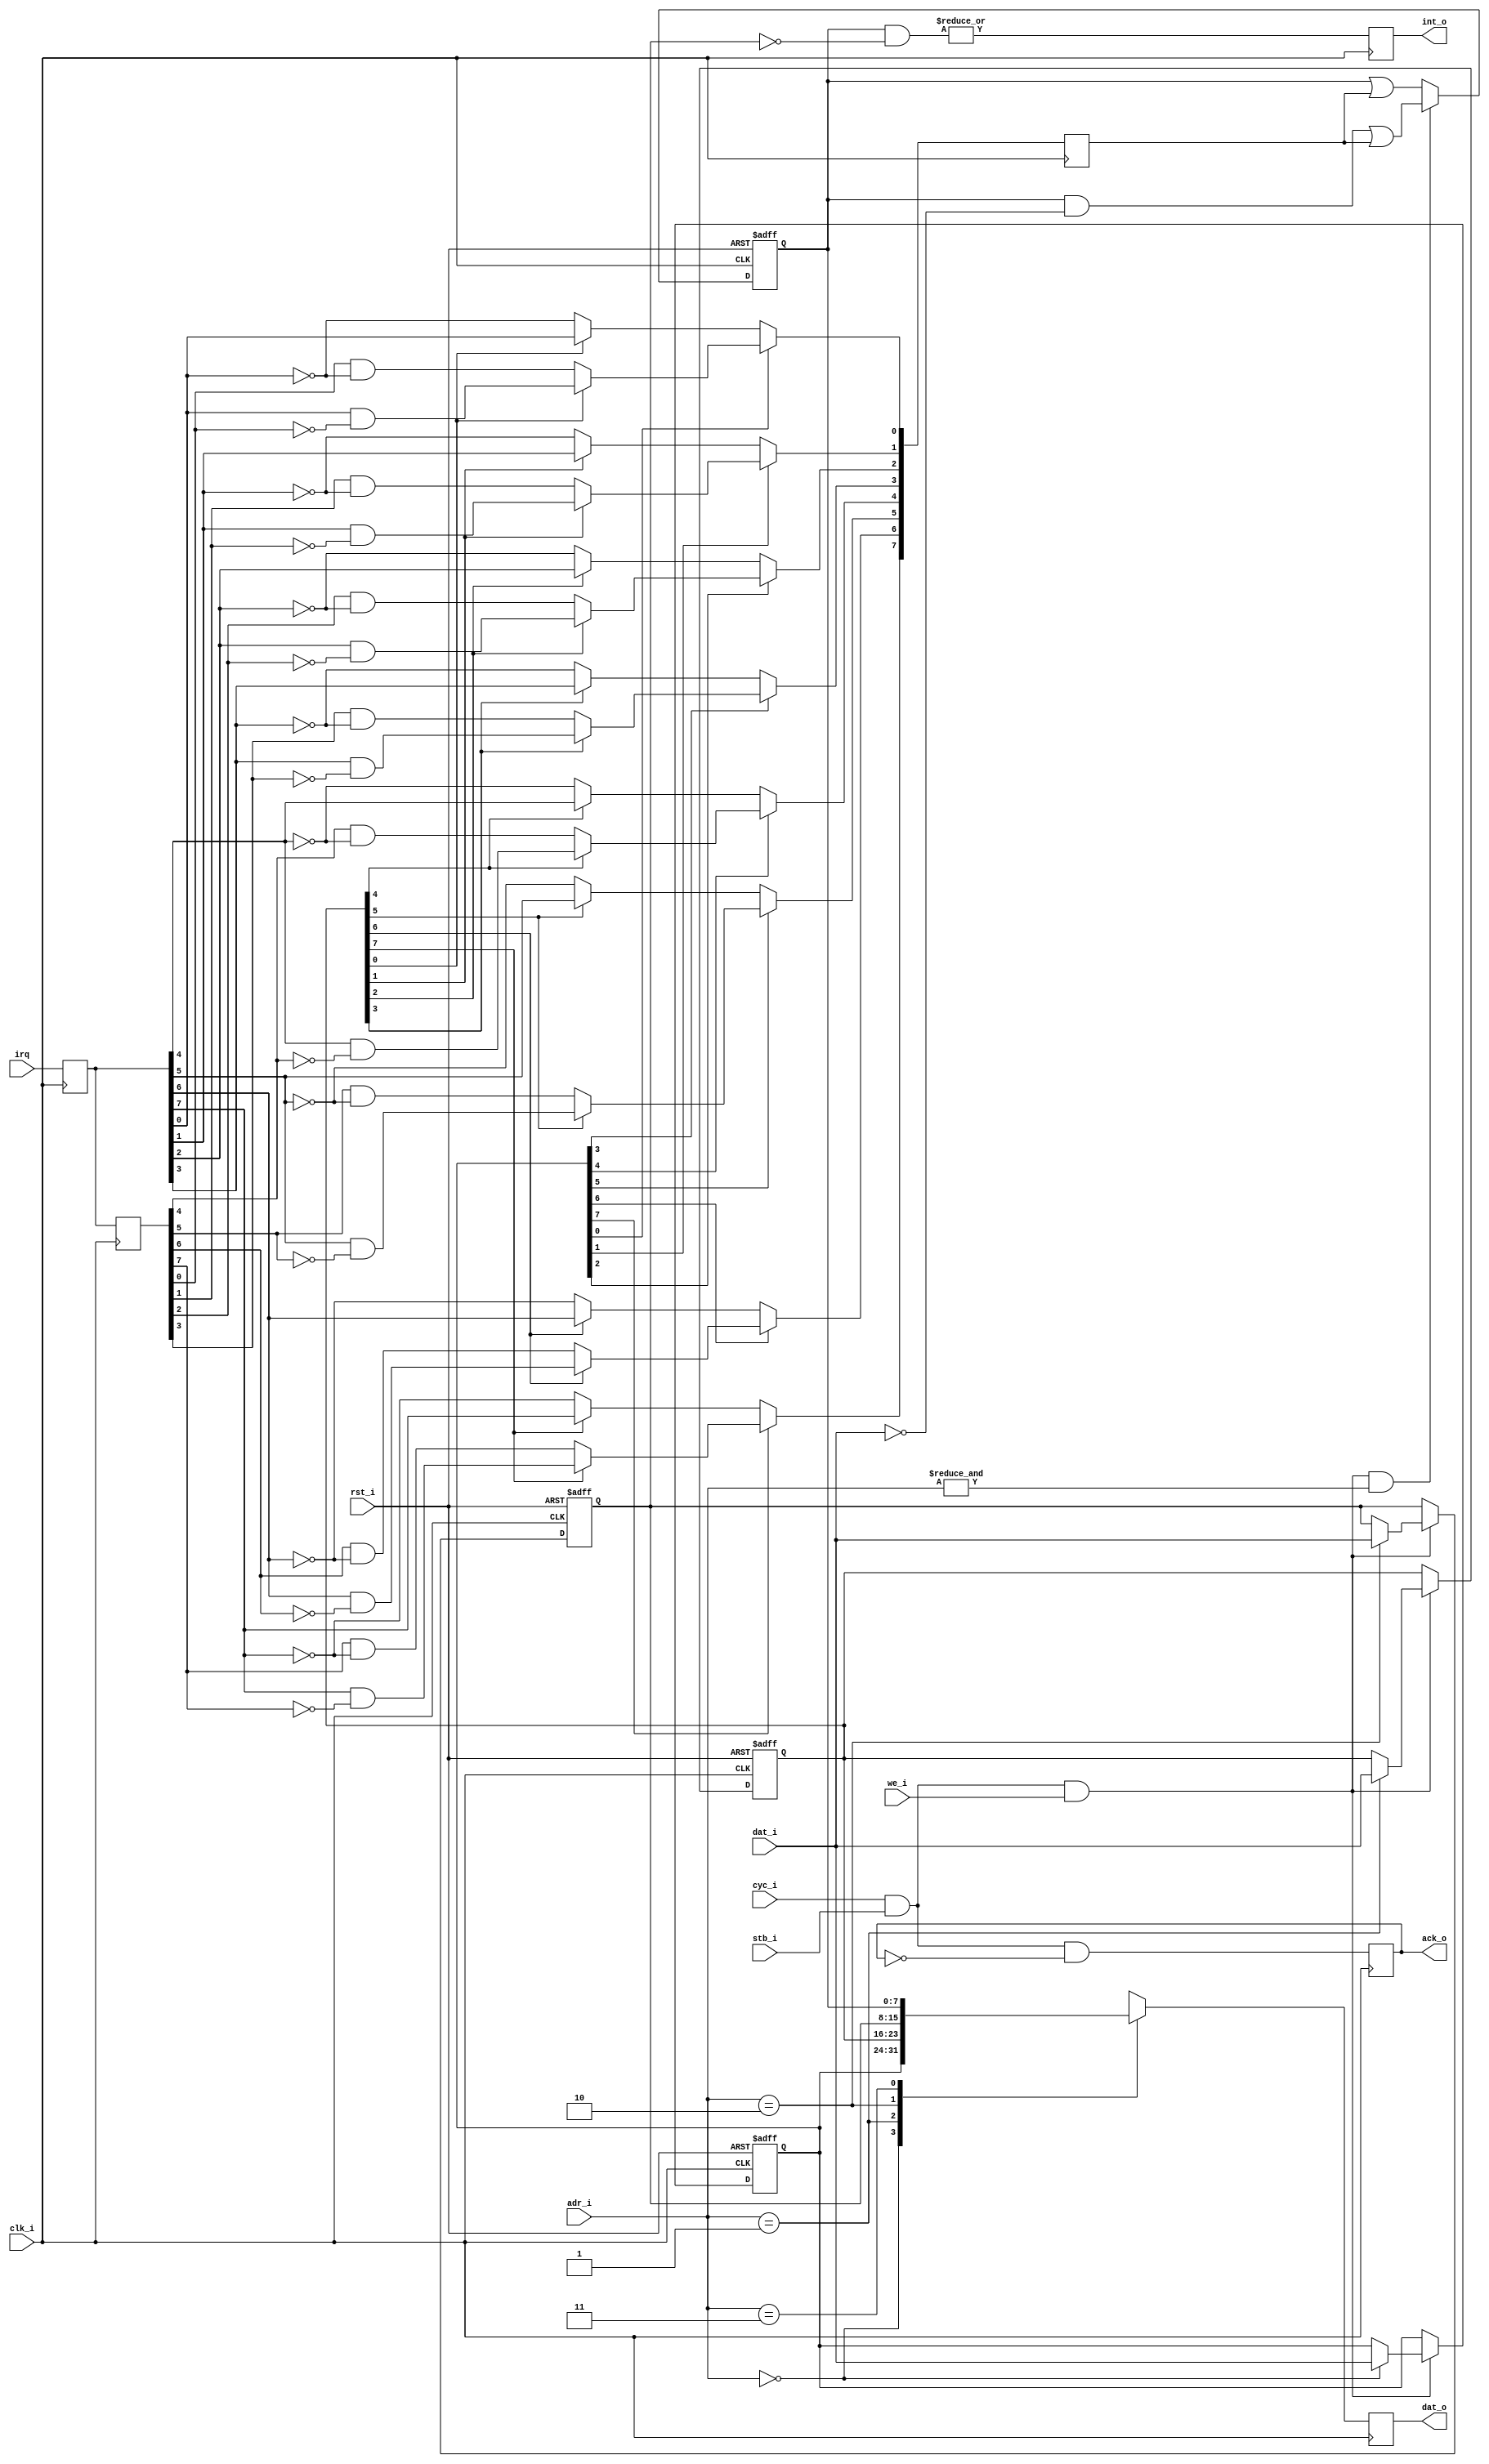
module simple_pic (
  clk_i, rst_i, cyc_i, stb_i, adr_i, we_i, dat_i, dat_o, ack_o, int_o,
  irq
);

  parameter is = 8;            // Number of interrupt sources

  //
  // Inputs & outputs
  //

  // 8bit WISHBONE bus slave interface
  input         clk_i;         // clock
  input         rst_i;         // reset (asynchronous active low)
  input         cyc_i;         // cycle
  input         stb_i;         // strobe  (cycle and strobe are the same signal)
  input  [ 2:1] adr_i;         // address
  input         we_i;          // write enable
  input  [ 7:0] dat_i;         // data output
  output [ 7:0] dat_o;         // data input
  output        ack_o;         // normal bus termination

  output        int_o;         // interrupt output

  //
  // Interrupt sources
  //
  input  [is:1] irq;           // interrupt request inputs


  //
  //  Module body
  //
  reg  [is:1] pol, edgen, pending, mask;   // register bank
  reg  [is:1] lirq, dirq;                  // latched irqs, delayed latched irqs


  //
  // perform parameter checks
  //
  // synopsys translate_off
  initial
  begin
      if(is > 8)
        $display("simple_pic: max. 8 interrupt sources supported.");
  end
  // synopsys translate_on

  //
  // latch interrupt inputs
  always @(posedge clk_i)
    lirq <= #1 irq;

  //
  // generate delayed latched irqs
  always @(posedge clk_i)
    dirq <= #1 lirq;


  //
  // generate actual triggers
  function trigger;
    input edgen, pol, lirq, dirq;

    reg   edge_irq, level_irq;
  begin
      edge_irq  = pol ? (lirq & ~dirq) : (dirq & ~lirq);
      level_irq = pol ? lirq : ~lirq;

      trigger = edgen ? edge_irq : level_irq;
  end
  endfunction

  reg  [is:1] irq_event;
  integer n;
  always @(posedge clk_i)
    for(n=1; n<=is; n=n+1)
      irq_event[n] <= #1 trigger(edgen[n], pol[n], lirq[n], dirq[n]);

  //
  // generate wishbone register bank writes
  wire wb_acc = cyc_i & stb_i;                   // WISHBONE access
  wire wb_wr  = wb_acc & we_i;                   // WISHBONE write access

  always @(posedge clk_i or negedge rst_i)
    if (~rst_i)
      begin
          pol   <= #1 {{is}{1'b0}};              // clear polarity register
          edgen <= #1 {{is}{1'b0}};              // clear edge enable register
          mask  <= #1 {{is}{1'b1}};              // mask all interrupts
      end
    else if(wb_wr)                               // wishbone write cycle??
      case (adr_i) // synopsys full_case parallel_case
        2'b00: edgen <= #1 dat_i[is-1:0];        // EDGE-ENABLE register
        2'b01: pol   <= #1 dat_i[is-1:0];        // POLARITY register
        2'b10: mask  <= #1 dat_i[is-1:0];        // MASK register
        2'b11: ;                                 // PENDING register is a special case (see below)
      endcase


    // pending register is a special case
    always @(posedge clk_i or negedge rst_i)
      if (~rst_i)
          pending <= #1 {{is}{1'b0}};            // clear all pending interrupts
      else if ( wb_wr & (&adr_i) )
          pending <= #1 (pending & ~dat_i[is-1:0]) | irq_event;
      else
          pending <= #1 pending | irq_event;

    //
    // generate dat_o
    reg [7:0] dat_o;
    always @(posedge clk_i)
      case (adr_i) // synopsys full_case parallel_case
        2'b00: dat_o <= #1 { {{8-is}{1'b0}}, edgen};
        2'b01: dat_o <= #1 { {{8-is}{1'b0}}, pol};
        2'b10: dat_o <= #1 { {{8-is}{1'b0}}, mask};
        2'b11: dat_o <= #1 { {{8-is}{1'b0}}, pending};
      endcase

   //
   // generate ack_o
   reg ack_o;
   always @(posedge clk_i)
     ack_o <= #1 wb_acc & !ack_o;

  //
  // generate CPU interrupt signal
  reg int_o;
  always @(posedge clk_i)
    int_o <= #1 |(pending & ~mask);

endmodule